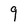
Character: 9